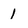
Character: 1